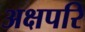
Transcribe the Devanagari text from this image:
अक्षपरि